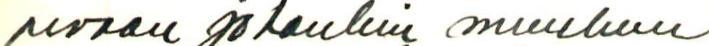
pivaan johonkin muuhun